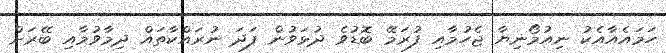
ހަމައެއާއެކު ނިއުމޯނިޔާ ޖެހުމާއި ފުރަމޭ ބޮޑުވެ ދުޅަވުން ފަދަ ނުރައްކާތައް ދިމާވުމާއި ބޭރަށް